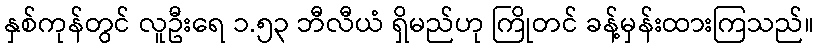
နှစ်ကုန်တွင် လူဦးရေ ၁.၅၃ ဘီလီယံ ရှိမည်ဟု ကြိုတင် ခန့်မှန်းထားကြသည်။